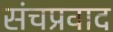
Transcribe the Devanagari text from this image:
संचप्रवाद